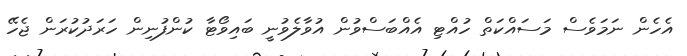
އެހެން ނަމަވެސް މަސައްކަތް ހުއްޓި އެއްބަސްވުން އުވާލެވުނީ ބައިވޯޓާ ކުންފުނިން ހަރަދުކުރަން ޖެހޭ